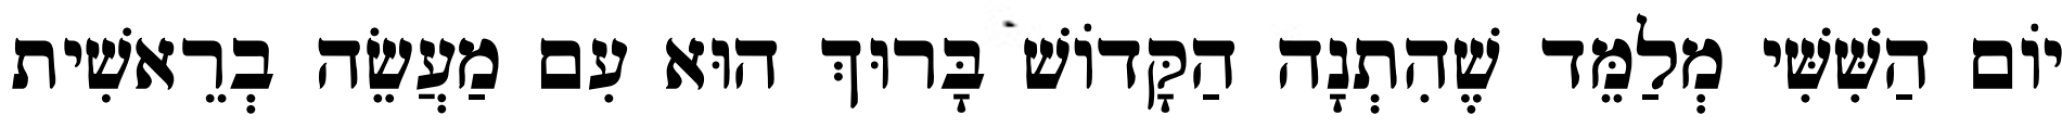
יוֹם הַשִּׁשִּׁי מְלַמֵּד שֶׁהִתְנָה הַקָּדוֹשׁ בָּרוּךְ הוּא עִם מַעֲשֵׂה בְרֵאשִׁית